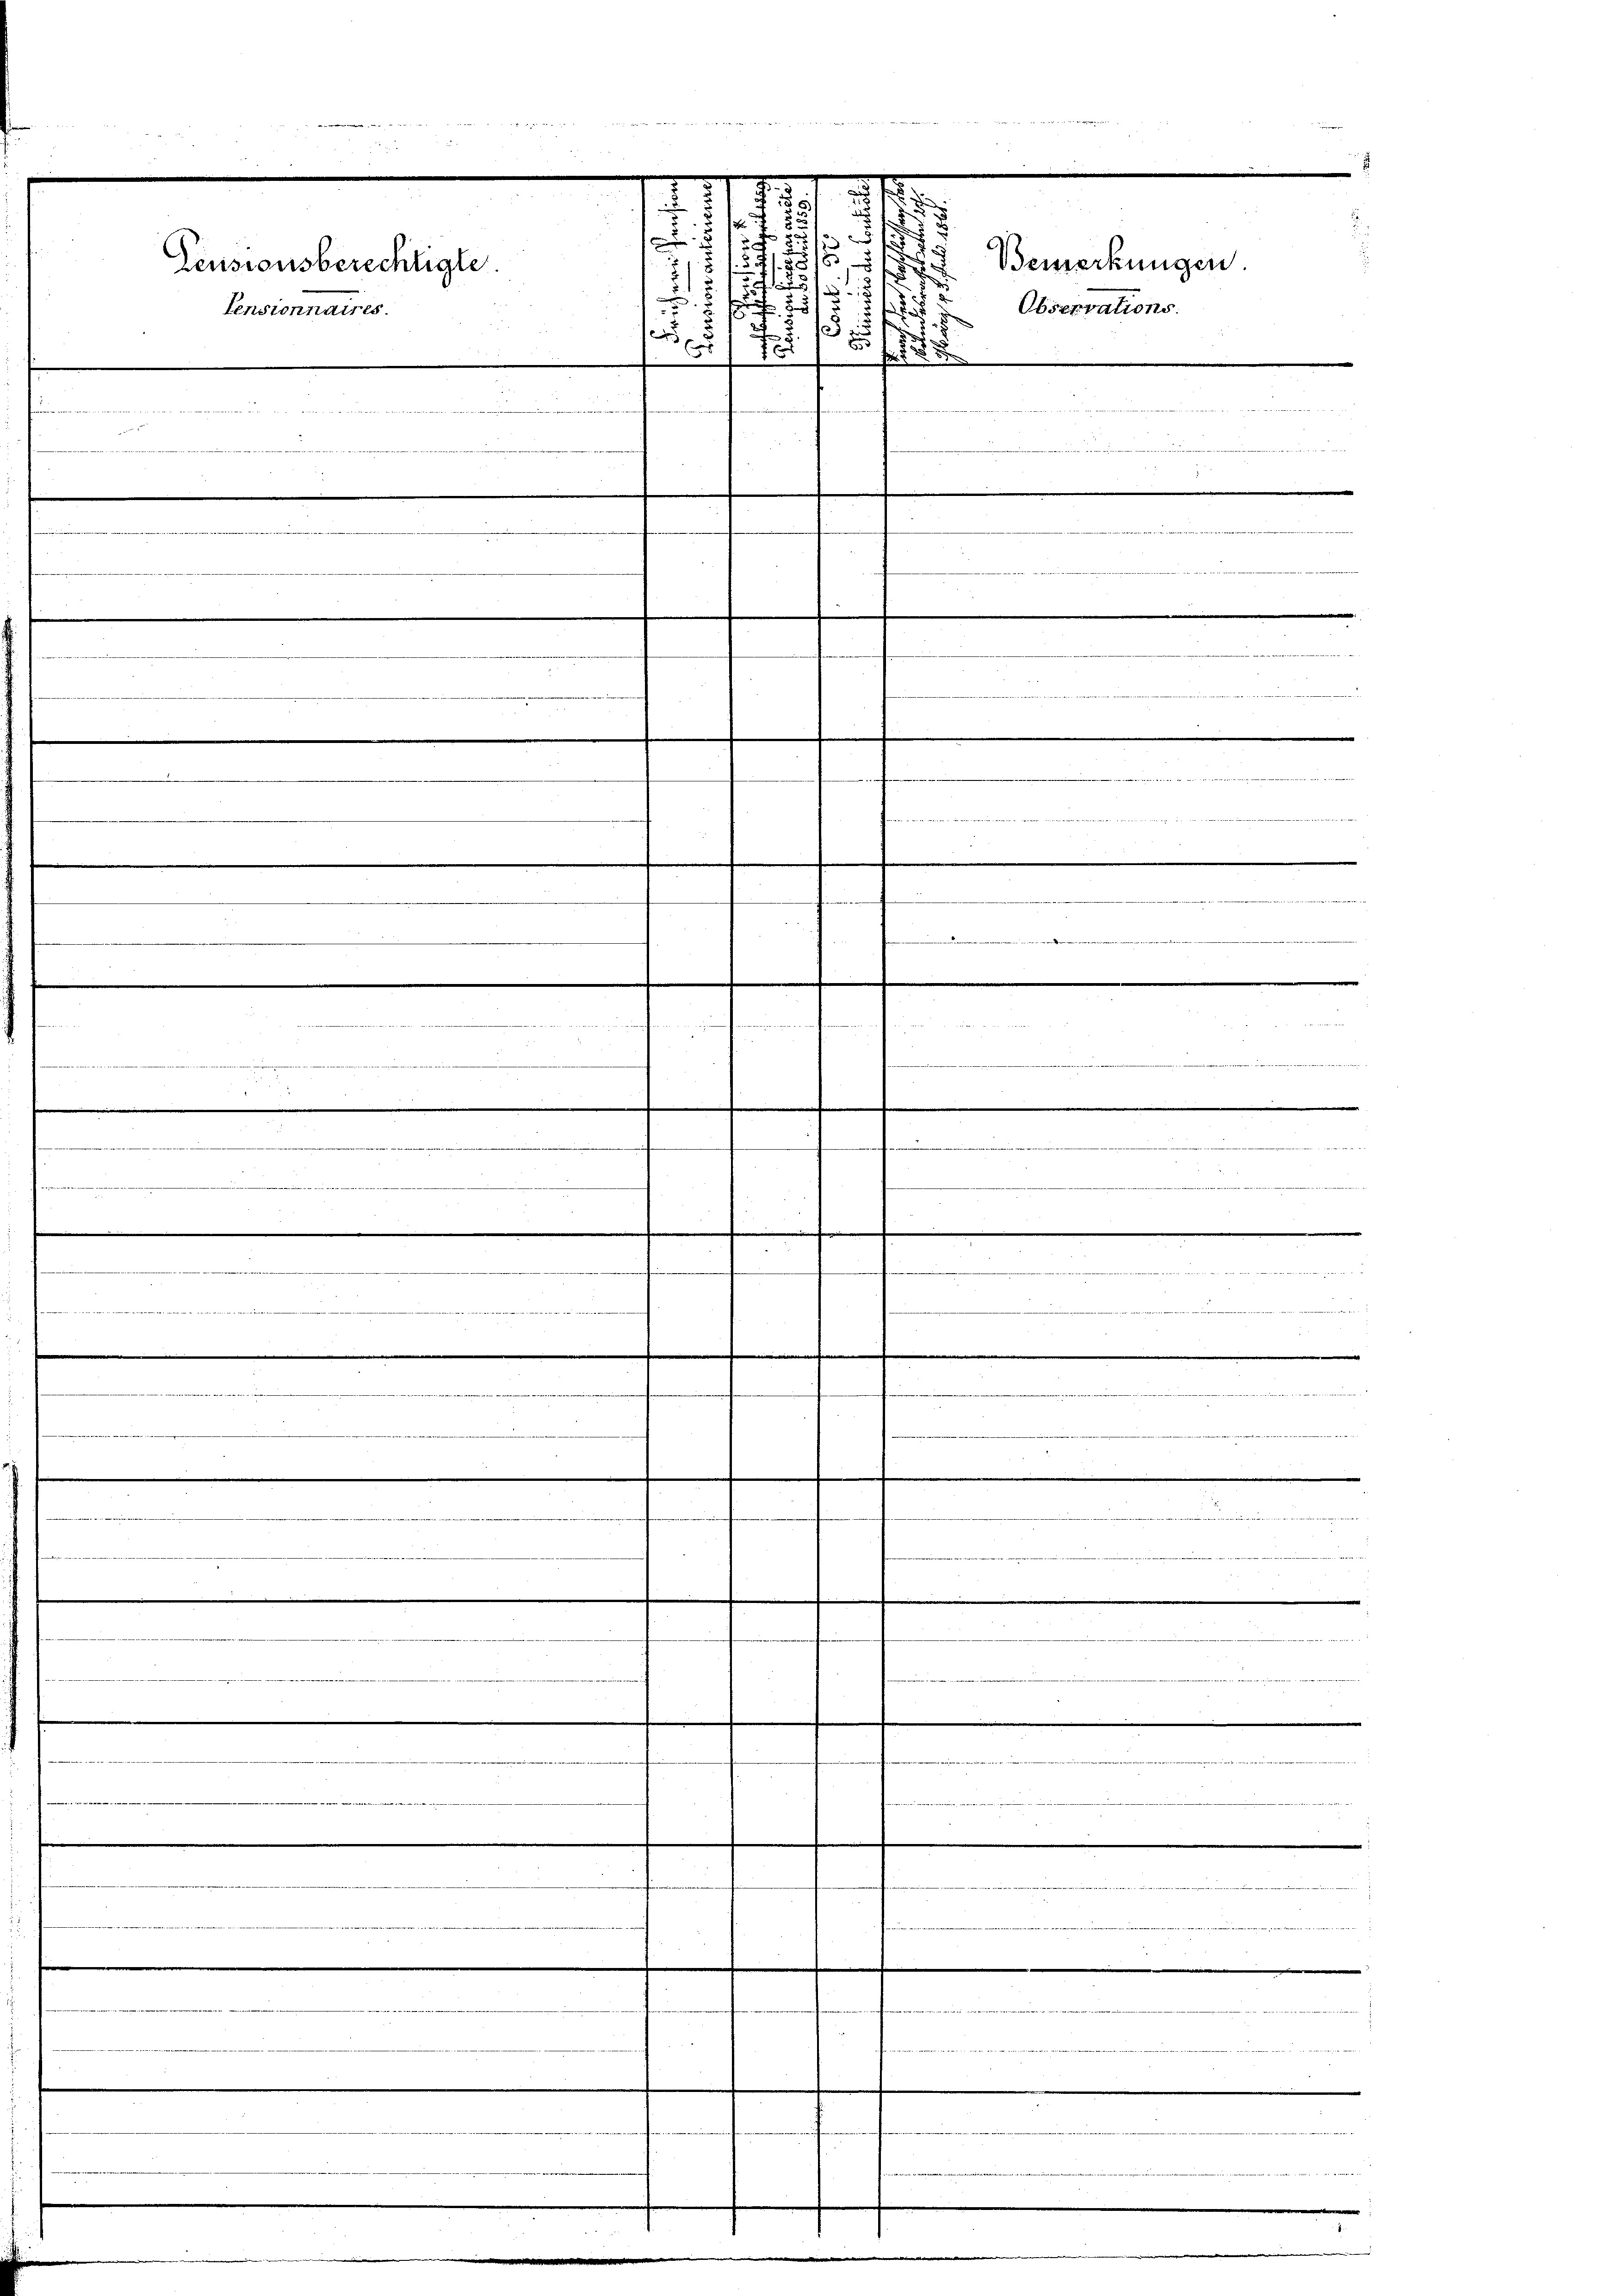
vertigen die der tritten wir und i

v

.

e

.
Pensionsberechtigte.
s
u

Pensionnaires.
5.
ep
7
5. 5
d
e

e

  in die
seits die befinden sich die Wochen und der wie die sie neben in der unteren. Weise der eine ein ein seine einen einen der eine an der eine les betreten die eine einer eine einer aller
iiren werden unsere
4

.
e
......................

2 f 0 x

1
541.

des
.

i

Bemerkungen.
Observations.

r

e
n den an die

......

1